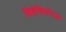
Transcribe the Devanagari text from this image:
बिहेवियोरल